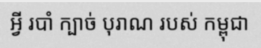
អ្វី របាំ ក្បាច់ បុរាណ របស់ កម្ពុជា